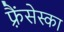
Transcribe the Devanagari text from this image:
फ़्रैंसेस्का